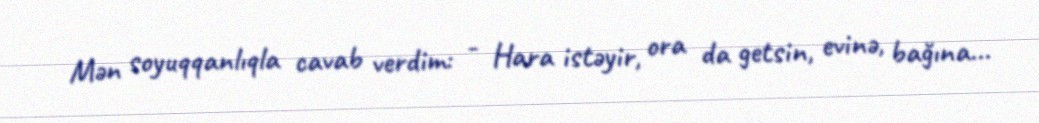
Mən soyuqqanlıqla cavab verdim: - Hara istəyir, ora da getsin, evinə, bağına...